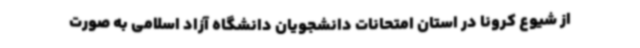
از شیوع کرونا در استان امتحانات دانشجویان دانشگاه آزاد اسلامی به صورت